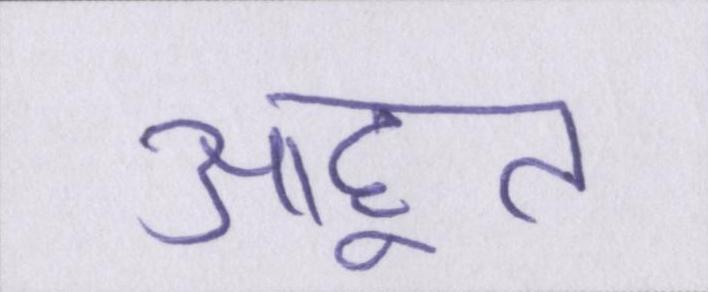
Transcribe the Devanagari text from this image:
आहूत